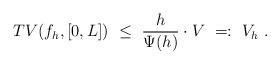
LaTeX: \begin{align*}TV(f_h, [0,L])~\leq~{h\over \Psi(h)}\cdot V~=:~V_h~.\end{align*}